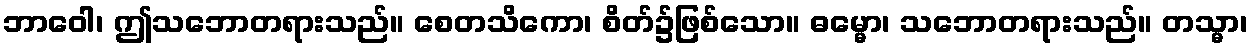
ဘာဝေါ၊ ဤသဘောတရားသည်။ စေတသိကော၊ စိတ်၌ဖြစ်သော။ ဓမ္မော၊ သဘောတရားသည်။ တသ္မာ၊